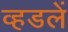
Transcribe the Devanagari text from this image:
व्हडलें